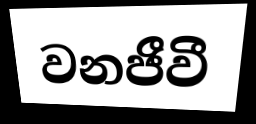
වනජීවී